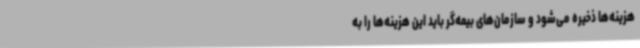
هزینه‌ها ذخیره می‌شود و سازمان‌های بیمه‌گر باید این هزینه‌ها را به